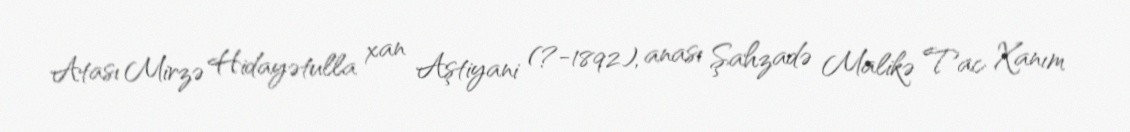
Atası Mirzə Hidayətulla xan Aştiyani (?-1892), anası Şahzadə Malikə Tac Xanım